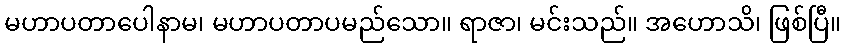
မဟာပတာပေါနာမ၊ မဟာပတာပမည်သော။ ရာဇာ၊ မင်းသည်။ အဟောသိ၊ ဖြစ်ပြီ။